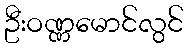
ဦးဝဏ္ဏမောင်လွင်